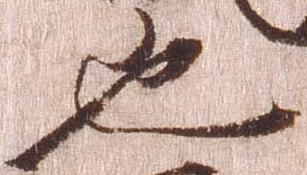
也